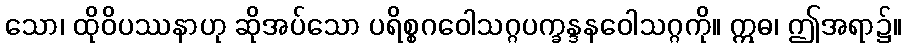
သော၊ ထိုဝိပဿနာဟု ဆိုအပ်သော ပရိစ္စဂဝေါသဂ္ဂပက္ခန္ဒနဝေါသဂ္ဂကို။ ဣဓ၊ ဤအရာ၌။